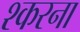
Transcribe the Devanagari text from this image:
श्करना